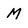
Character: M